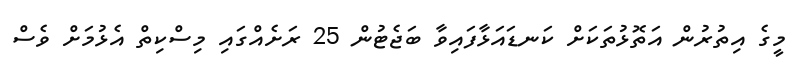
މީގެ އިތުރުން އަތޮޅުތަކަށް ކަނޑައަޅާފައިވާ ބަޖެޓުން 25 ރަށެއްގައި މިސްކިތް އެޅުމަށް ވެސް